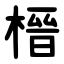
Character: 榗